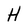
Character: H